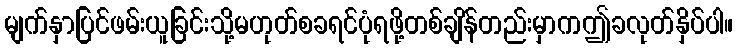
မျက်နှာပြင်ဖမ်းယူခြင်းသို့မဟုတ်စခရင်ပုံရဖို့တစ်ချိန်တည်းမှာကဤခလုတ်နှိပ်ပါ။